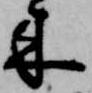
来